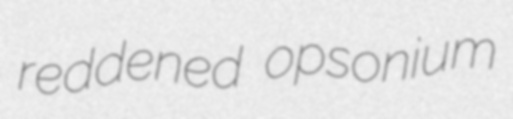
reddened opsonium